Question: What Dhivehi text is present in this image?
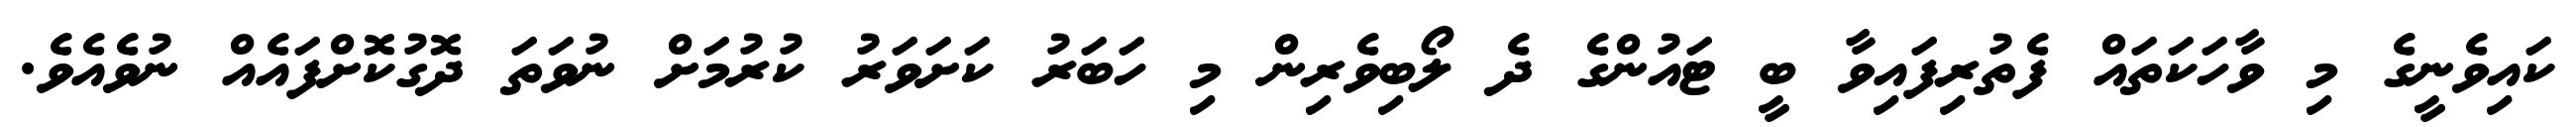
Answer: ކައިވެނީގެ މި ވާހަކަތައް ފެތުރިފައިވާ ބީ ޓައުންގެ ދެ ލޯބިވެރިން މި ހަބަރު ކަށަވަރު ކުރުމަށް ނުވަތަ ދޮގުކޮށްފައެއް ނުވެއެވެ.